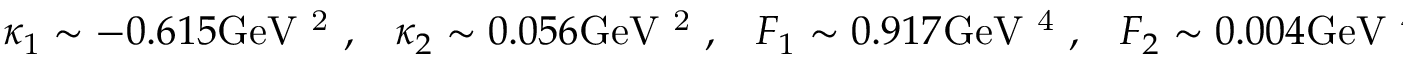
\kappa _ { 1 } \sim - 0 . 6 1 5 \mathrm { G e V ~ ^ { 2 } ~ } , \; \; \; \kappa _ { 2 } \sim 0 . 0 5 6 \mathrm { G e V ~ ^ { 2 } ~ } , \; \; \; F _ { 1 } \sim 0 . 9 1 7 \mathrm { { G e V } ~ ^ { 4 } ~ } , \; \; \; F _ { 2 } \sim 0 . 0 0 4 \mathrm { { G e V } ~ ^ { 4 } ~ } .